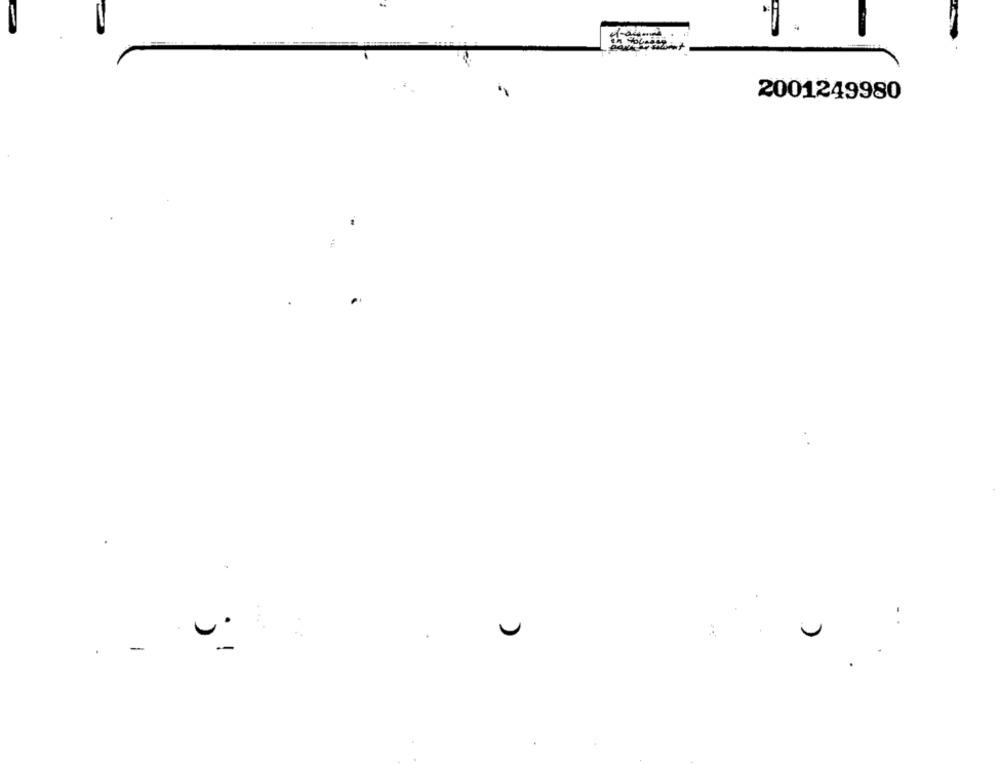
2001249980
٠٠.٠
U
-